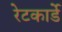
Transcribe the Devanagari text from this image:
रेटकार्डे